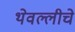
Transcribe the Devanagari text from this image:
थेवल्लीचे